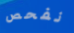
نفحص